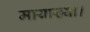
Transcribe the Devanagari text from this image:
मायाख्या।